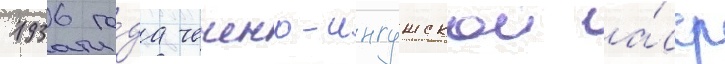
1936 го́да чечено-ингушскои а́сср